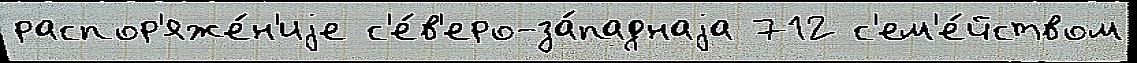
распор'яже́н'иjе с'е́в'еро-за́паднаjа 712 с'ем'е́йством